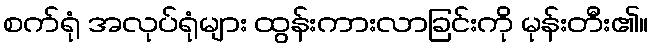
စက်ရုံ အလုပ်ရုံများ ထွန်းကားလာခြင်းကို မုန်းတီး၏။